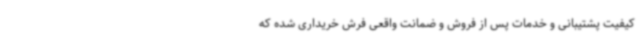
کیفیت پشتیبانی و خدمات پس از فروش و ضمانت واقعی فرش خریداری شده که